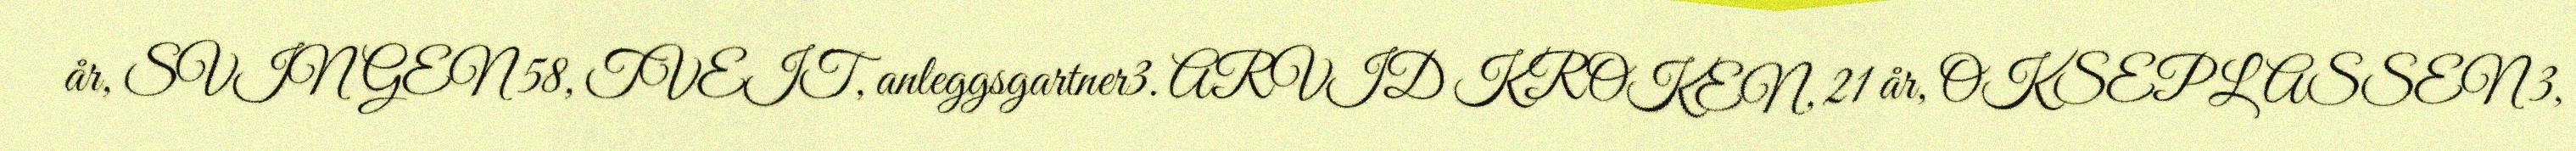
år, SVINGEN 58, TVEIT, anleggsgartner3. ARVID KROKEN, 21 år, OKSEPLASSEN 3,